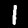
Digit: 1